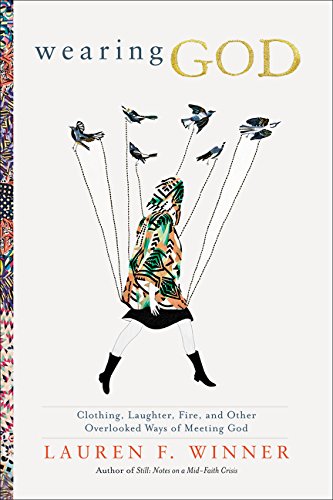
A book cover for Wearing God: Clothing, Laughter, Fire, and Other Overlooked Ways of Meeting God; Lauren F. Winner; Christian Books & Bibles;